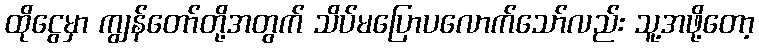
ထိုငွေမှာ ကျွန်တော်တို့အတွက် သိပ်မပြောပလောက်သော်လည်း သူ့အဖို့တော့